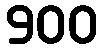
900